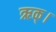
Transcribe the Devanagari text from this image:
ऋक्।